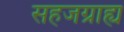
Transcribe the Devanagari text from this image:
सहजग्राह्य